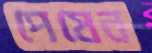
পেষেন